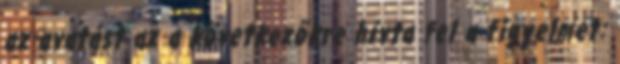
az avatást az a következõkre hívta fel a figyelmet: